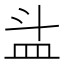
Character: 𥁇